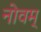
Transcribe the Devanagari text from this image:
नोवम्